Document type: Sale
Year: 1439
Scribe: Arnau d'Illes
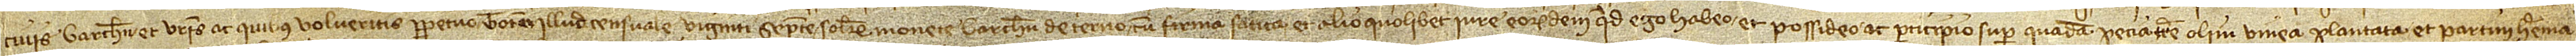
civis Barchinone, et vestris et quibus volueritis perpetuo totum illud censuale viginti septem solidorum monete Barchinone de terno, cum firma, fatica et alio quolibet iure eorumdem quod ego habeo et possideo ac participio super quadam pecia terre olim vinea plantata et partim herema